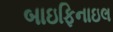
બાઇફિનાઇલ